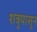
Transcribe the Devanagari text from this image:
शत्रुपासून